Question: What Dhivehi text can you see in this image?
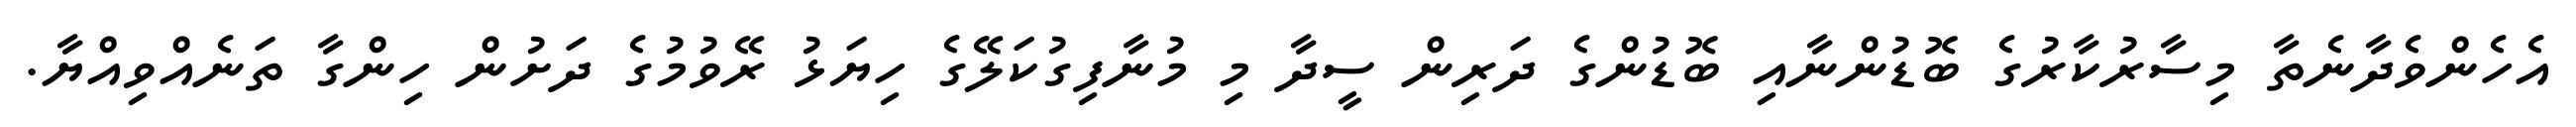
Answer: އެހެންވެދާނެތާ މިސާރުކާރުގެ ބޮޑުންނާއި ބޮޑުންގެ ދަރިން ސީދާ މި މުނާފިގުކަލޭގެ ހިޔަޅު ރޭވުމުގެ ދަށުން ހިންގާ ތަނެއްވިއްޔާ.